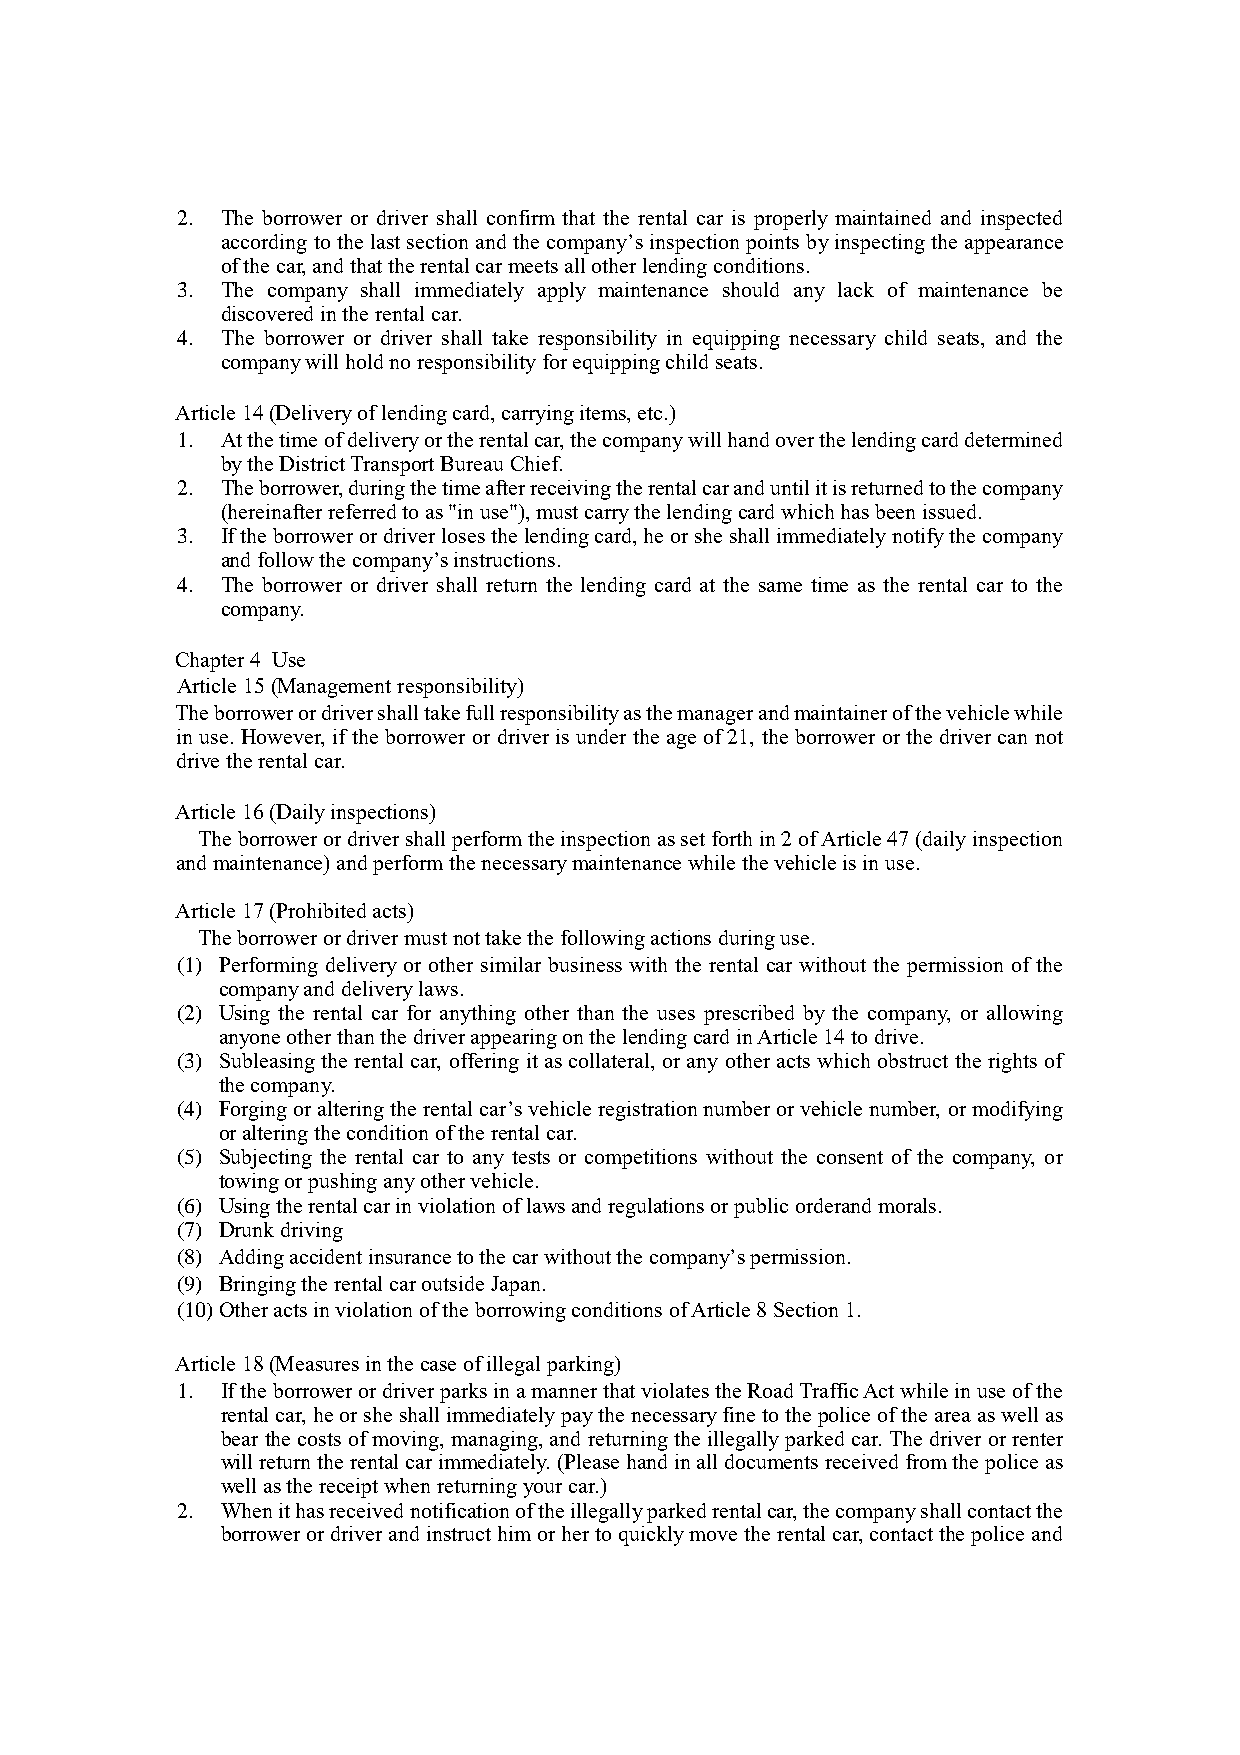
2. The borrower or driver shall confirm that the rental car is properly maintained and inspected
 according to the last section and the company’s inspection points by inspecting the appearance
 of the car, and that the rental car meets all other lending conditions.
 3. The company shall immediately apply maintenance should any lack of maintenance be
 discovered in the rental car.
 4. The borrower or driver shall take responsibility in equipping necessary child seats, and the
 company will hold no responsibility for equipping child seats.
 Article 14 (Delivery of lending card, carrying items, etc.)
 1. At the time of delivery or the rental car, the company will hand over the lending card determined
 by the District Transport Bureau Chief.
 2. The borrower, during the time after receiving the rental car and until it is returned to the company
 (hereinafter referred to as "in use"), must carry the lending card which has been issued.
 3. If the borrower or driver loses the lending card, he or she shall immediately notify the company
 and follow the company’s instructions.
 4. The borrower or driver shall return the lending card at the same time as the rental car to the
 company.
 Chapter 4 Use
 Article 15 (Management responsibility)
 The borrower or driver shall take full responsibility as the manager and maintainer of the vehicle while
 in use. However, if the borrower or driver is under the age of 21, the borrower or the driver can not
 drive the rental car.
 Article 16 (Daily inspections)
 The borrower or driver shall perform the inspection as set forth in 2 of Article 47 (daily inspection
 and maintenance) and perform the necessary maintenance while the vehicle is in use.
 Article 17 (Prohibited acts)
 The borrower or driver must not take the following actions during use.
 (1) Performing delivery or other similar business with the rental car without the permission of the
 company and delivery laws.
 (2) Using the rental car for anything other than the uses prescribed by the company, or allowing
 anyone other than the driver appearing on the lending card in Article 14 to drive.
 (3) Subleasing the rental car, offering it as collateral, or any other acts which obstruct the rights of
 the company.
 (4) Forging or altering the rental car’s vehicle registration number or vehicle number, or modifying
 or altering the condition of the rental car.
 (5) Subjecting the rental car to any tests or competitions without the consent of the company, or
 towing or pushing any other vehicle.
 (6) Using the rental car in violation of laws and regulations or public orderand morals.
 (7) Drunk driving
 (8) Adding accident insurance to the car without the company’s permission.
 (9) Bringing the rental car outside Japan.
 (10) Other acts in violation of the borrowing conditions of Article 8 Section 1.
 Article 18 (Measures in the case of illegal parking)
 1. If the borrower or driver parks in a manner that violates the Road Traffic Act while in use of the
 rental car, he or she shall immediately pay the necessary fine to the police of the area as well as
 bear the costs of moving, managing, and returning the illegally parked car. The driver or renter
 will return the rental car immediately. (Please hand in all documents received from the police as
 well as the receipt when returning your car.)
 2. When it has received notification of the illegally parked rental car, the company shall contact the
 borrower or driver and instruct him or her to quickly move the rental car, contact the police and